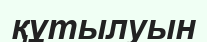
құтылуын